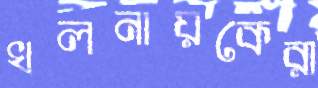
খলনায়কেরা